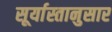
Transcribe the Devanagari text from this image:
सूर्यास्तानुसार